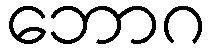
ဘောဂ